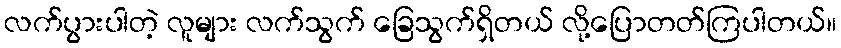
လက်ပွားပါတဲ့ လူများ လက်သွက် ခြေသွက်ရှိတယ် လို့ပြောတတ်ကြပါတယ်။